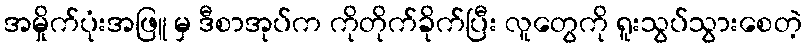
အမှိုက်ပုံးအဖြူ မှ ဒီစာအုပ်က ကိုတိုက်ခိုက်ပြီး လူတွေကို ရူးသွပ်သွားစေတဲ့